Bombay plague: being a history of the progress of plague in the Bombay presidency from September 1896 to June 1899
Year: 1896
Disease focus: Plague
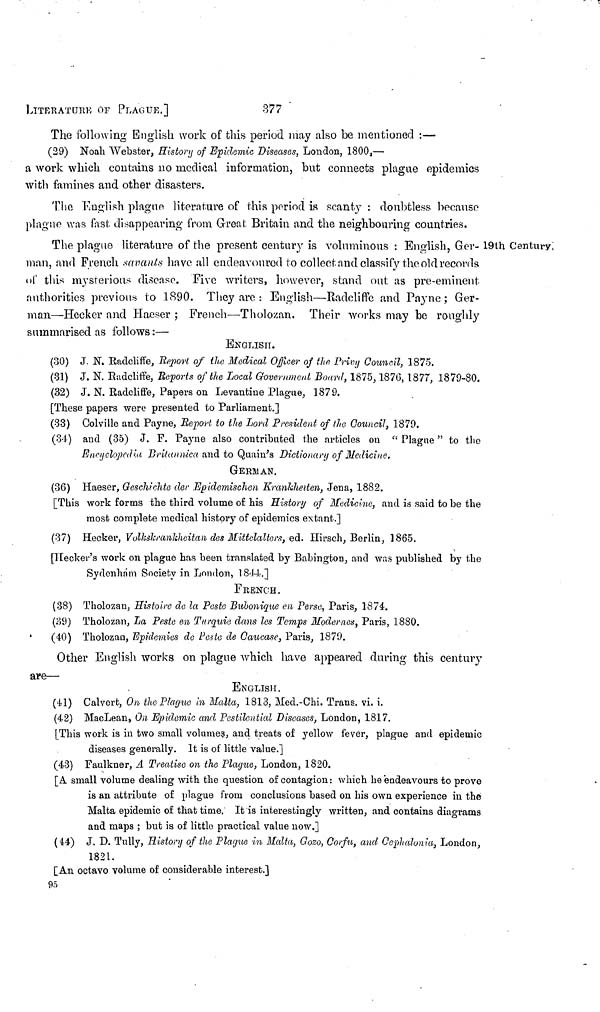
LITERATURE OF PLAGUE.]
377 '
The following English work of this period may also be mentioned :—
(29) Noah Webster, History of Epidemic Diseases, London, 1800,—
a work which contains no medical information, but connects plague epidemics
with famines and other disasters.
The English plague literature of this period is scanty : doubtless because
plague was fast disappearing from Great Britain and the neighbouring countries.
19th Century;
The plague literature of the present century is voluminous : English, Ger-
man, and French savants have all endeavoured to collect and classify the old records
of this mysterious disease. Five writers, however, stand out as pre-eminent
authorities previous to 1890. They arc : English—Radcliffe and Payne; Ger-
man—-Hecker and Haeser ; French—Tholozan. Their works may be roughly
summarised as follows:—
ENGLISH.
(30) J. N. Radcliffe, Report of the Medical Officer of the Privy Council, 1875.
(81) J. N. Radcliffe, Reports of the Local Government Board, 1875, 1876, 1877, 1879-80.
(32) J. N. Radcliffe, Papers on Levantine Plague, 1879.
[These papers were presented to Parliament.]
(33) Colville and Payne, Report to the Lord President of the Council, 1879.
(34) and (35) J. F. Payne also contributed the articles on " Plague" to the
Encyclopedia Britunnica and to Quain's Dictionary of Medicine,
GERMAN.
(36) Haeser, Geschichte der Epidemischen Krankheiten, Jena, 1882.
[This work forms the third volume of his History of Medicine, and is said to be the
most complete medical history of epidemics extant.]
(37) Hecker, Volkskrankheitan des Mittelalters, ed. Hirsch, Berlin, 1865.
[Hecker's work on plague has been translated by Babington, and was published by the
Sydenham Society in London, 1844.]
FRENCH.
(38) Tholozan, Histoire de la Peste Bubonique en Perse, Paris, 1874.
(39) Tholozan, La Peste en Turquie dans les Temps Modernes, Paris, 1880.
(40) Tholozan, Epidemies de Peste de Caucase, Paris, 1879.
Other English works on plague which have appeared during this century
are—
ENGLISH.
(41) Calvert, On the Plague in Malta, 1813, Med.-Chi. Trans, vi. i.
(42) MacLean, On Epidemic and, Pestilential Diseases, London, 1817.
[This work is in two small volumes, and treats of yellow fever, plague and epidemic
diseases generally. It is of little value.]
(43) Faulkner, A Treatise on the Plague, London, 1820.
[A small volume dealing with the question of contagion: which he endeavours to prove
is an attribute of plague from conclusions based on his own experience in the
Malta epidemic of that time. It is interestingly written, and contains diagrams
and maps ; but is of little practical value now.]
(44) J. D. Tully, History of the Plague in Malta, Gozo, Corfu, and Cephalonia, London,
1821.
[An octavo volume of considerable interest.]
95